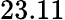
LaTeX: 23.11